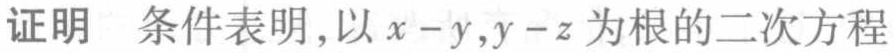
证明 条件表明，以\(x - y,y - z\)为根的二次方程